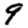
Digit: 9